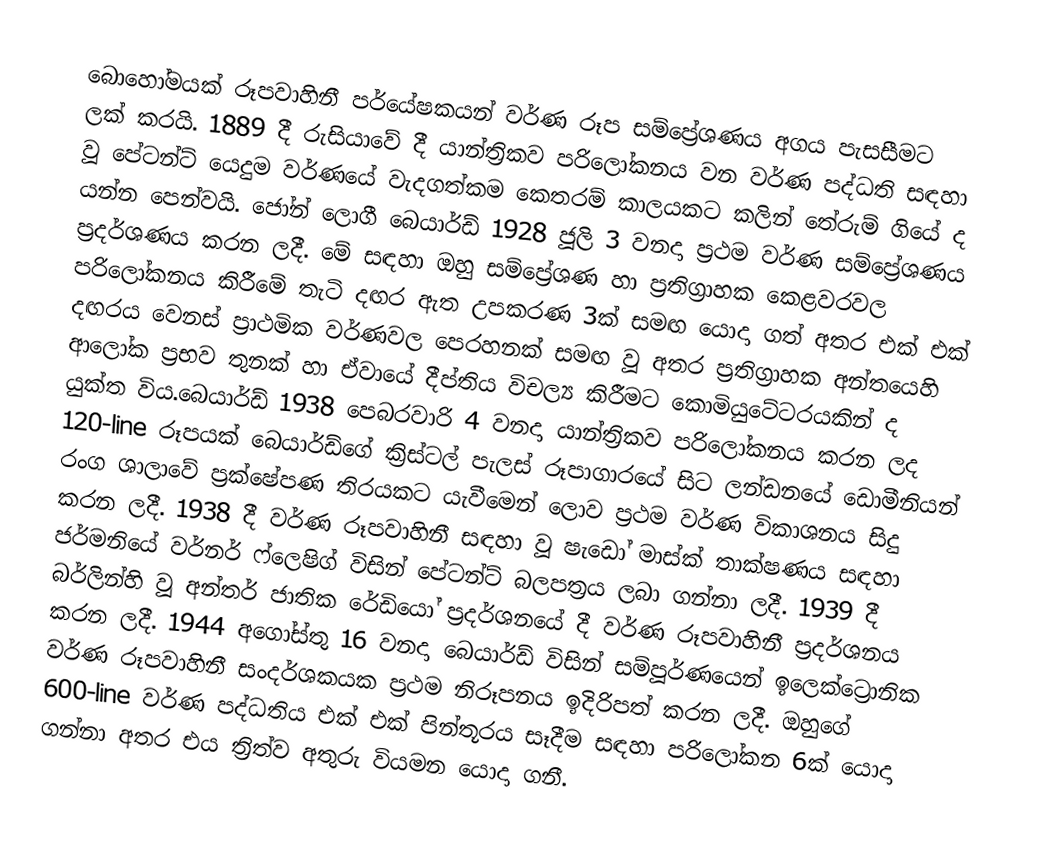
බොහෝමයක් රූපවාහිනී පර්යේෂකයන් වර්ණ රූප සම්ප්‍රේශණය අගය පැසසීමට ලක් කරයි. 1889 දී රුසියාවේ දී යාන්ත්‍රිකව පරිලෝකනය වන වර්ණ පද්ධති සඳහා වූ පේටන්ට් යෙදුම වර්ණයේ වැදගත්කම කෙතරම් කාලයකට කලින් තේරුම් ගියේ ද යන්න පෙන්වයි. ජෝන් ලොගී බෙයාර්ඩ් 1928 ජූලි 3 වනදා ප්‍රථම වර්ණ සම්ප්‍රේශණය ප්‍රදර්ශණය කරන ලදී. මේ සඳහා ඔහු සම්ප්‍රේශණ හා ප්‍රතිග්‍රාහක කෙළවරවල පරිලෝකනය කිරීමේ තැටි දඟර ඇත උපකරණ 3ක් සමඟ යොදා ගත් අතර එක් එක් දඟරය වෙනස් ප්‍රාථමික වර්ණවල පෙරහනක් සමඟ වූ අතර ප්‍රතිග්‍රාහක අන්තයෙහි ආලෝක ප්‍රභව තුනක් හා ඒවායේ දීප්තිය විචල්‍ය කිරීමට කොමියුටේටරයකින් ද යුක්ත විය.බෙයාර්ඩ් 1938 පෙබරවාරි 4 වනදා යාන්ත්‍රිකව පරිලෝකනය කරන ලද 120-line රූපයක් බෙයාර්ඩ්ගේ ක්‍රිස්ටල් පැලස් රූපාගාරයේ සිට ලන්ඩනයේ ඩොමීනියන් රංග ශාලාවේ ප්‍රක්ෂේපණ තිරයකට යැවීමෙන් ලොව ප්‍රථම වර්ණ විකාශනය සිදු කරන ලදී. 1938 දී වර්ණ රූපවාහිනී සඳහා වූ ෂැඩෝ මාස්ක් තාක්ෂණය සඳහා ජර්මනියේ වර්නර් ‍ෆ්ලෙෂිග්  විසින් පේටන්ට් බලපත්‍රය ලබා ගන්නා ලදී. 1939 දී බර්ලින්හි වූ අන්තර් ජාතික රේඩියෝ ප්‍රද‍ර්ශනයේ දී වර්ණ රූපවාහිනී ප්‍රදර්ශනය කරන ලදී. 1944 අගෝස්තු 16 වනදා බෙයාර්ඩ් විසින් සම්පූර්ණයෙන් ඉලෙක්ට්‍රොනික වර්ණ රූපවාහිනී සංදර්ශකයක ප්‍රථම නිරූපනය ඉදිරිපත් කරන ලදී. ඔහුගේ 600-line වර්ණ පද්ධතිය එක් එක් පින්තූරය සෑදීම සඳහා පරිලෝකන 6ක් ‍යොදා ගන්නා අතර එය ත්‍රිත්ව අතුරු වියමන යොදා ගනී.